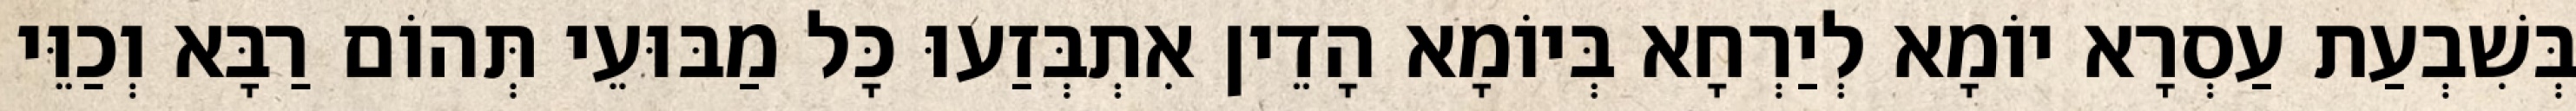
בְּשִׁבְעַת עַסְרָא יוֹמָא לְיַרְחָא בְּיוֹמָא הָדֵין אִתְבְּזַעוּ כָּל מַבּוּעֵי תְּהוֹם רַבָּא וְכַוֵּי